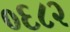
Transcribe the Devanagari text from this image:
०६८२